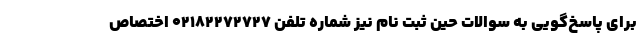
برای پاسخ‌گویی به سوالات حین ثبت نام نیز شماره تلفن 02182272727 اختصاص